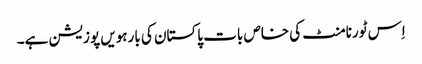
اِس ٹورنامنٹ کی خاص بات پاکستان کی بارہویں پوزیشن ہے۔